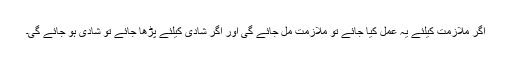
اگر ملازمت کیلئے یہ عمل کیا جائے تو ملازمت مل جائے گی اور اگر شادی کیلئے پڑھا جائے تو شادی ہو جائے گی۔